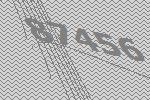
87456